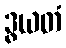
ဒွယတံ